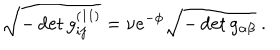
LaTeX: \sqrt { - \det g _ { i j } ^ { ( 1 1 ) } } = \nu e ^ { - \phi } \sqrt { - \det g _ { \alpha \beta } } \ .